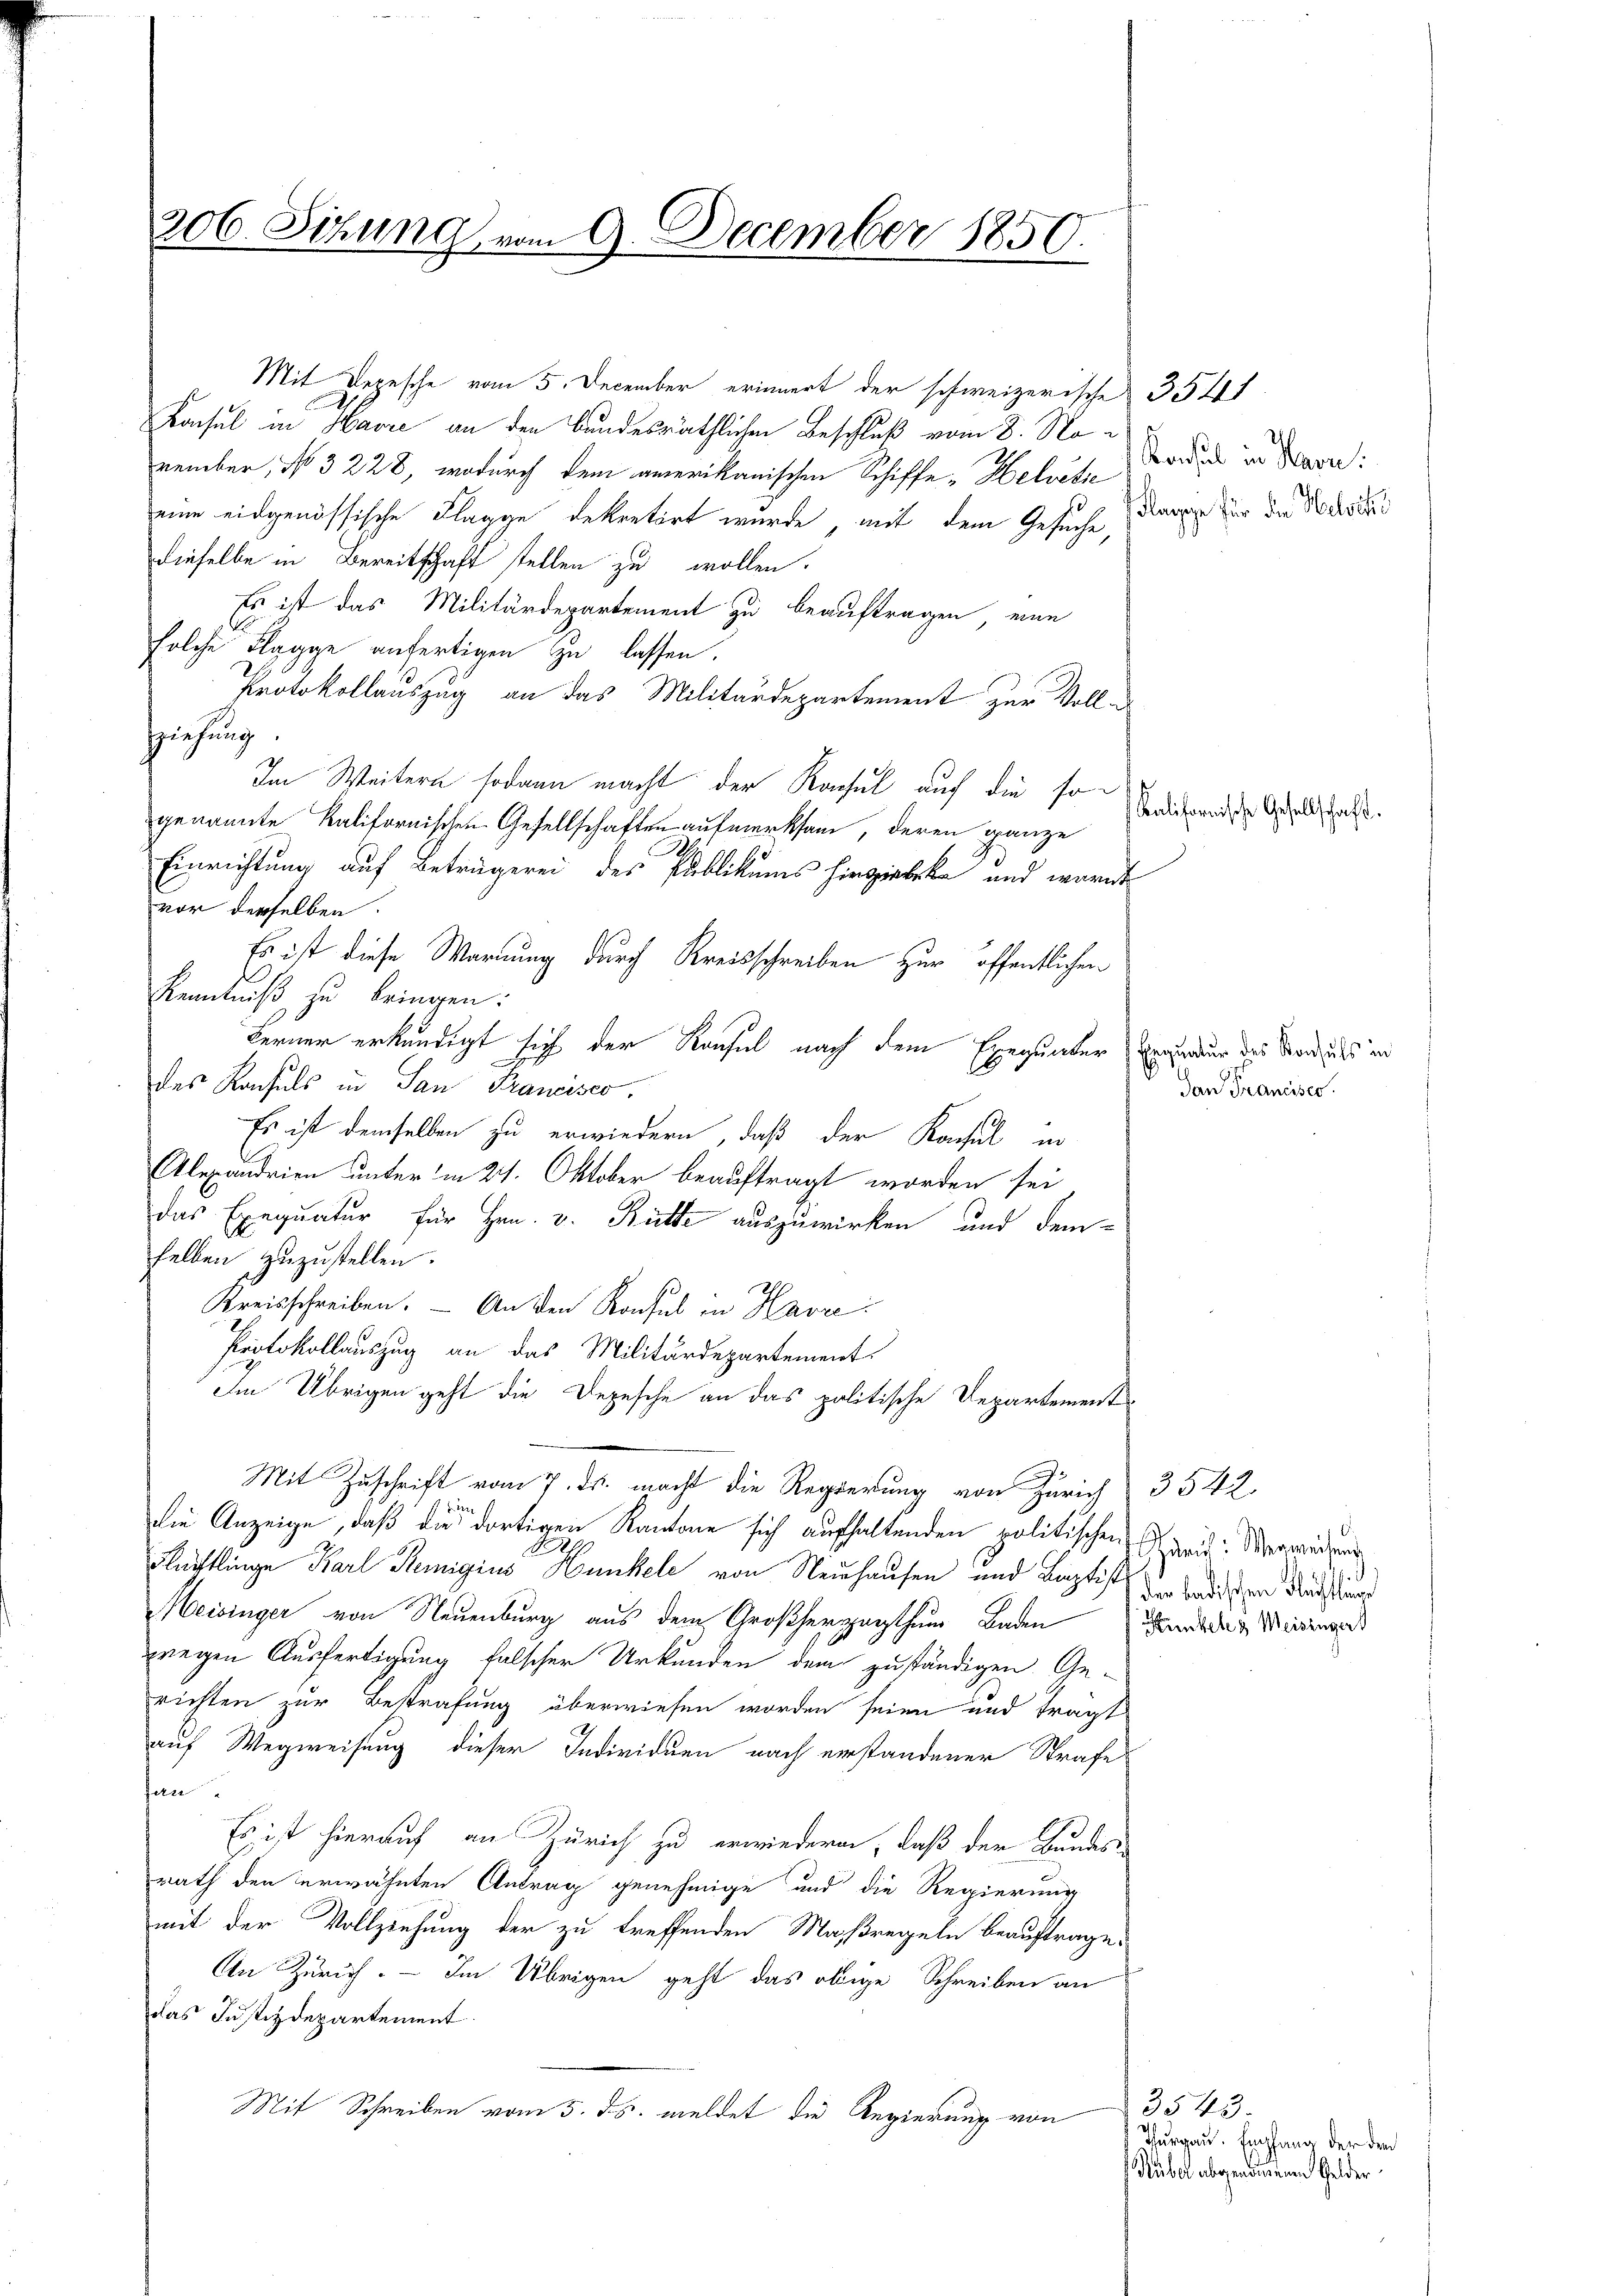
206. Sitzung vom 9. December 1850.

Mit Depesche vom 5. December erinnert der schweizerische 3541
Konsul in Havre an den bundesräthlichen Beschluß vom 8. November, No 3228, wodurch dem amerikanischen Schiffe Helvete Fordes in Bern
eine eidgenössische Flagge dekretirt wurde, mit dem Gesuche,
dieselbe in Bereitschaft stellen zu wollen.
Es ist das Militärdepartement zu beauftragen, ein
solche Flagge anfertigen zu lassen.
Protokollauszug an das Militärdepartement zur Vollzziehung.
Im Weitern sodann macht der Rachel auf die sogenannte Kalifornischen Gesellschaften aufmerksam, deren ganze
Einrichtung auf Beträgerei des Publikums hingiebte und warnt
vor derselben.
Es ist diese Warnung durch Kreisschreiben zur öffentlichen
Kenntniß zu bringen:
Ferner erkundigt sich der Ransel nach dem Exequnter Einzug des Venuss in
des Konsuls in San Francisco.
Es ist demselben zu erwiedern, daß der Konsul in
Alexandrien unter in 21. Oktober beauftragt worden sei
das Exequatur für Hrn. v. Hütte auszuwirken und dem-
selben zuzustellen.
Kreisschreiben. — An den Konsul in Havre
Protokollauszug an das Militärdepartement
Im Übrigen geht die Depesche an das politische Departement
Mit Zuschrift vom 7. ds. macht die Regierung von Zürich 3542
d
die Anzeige, daß die dortigen Kantone sich aufhaltenden politischen Seit: Verwendung
8
Flüchtlinge Karl Remigius Hunkele von Neuhausen und Baptist dem Badischen dass war
Meisinger von Neuenburg aus dem Großherzogthum Baden
zwegen Ausfertigung falscher Urkunden dem zuständigen Ge-
richten zur Bestrafung überwiesen worden seien und tragt
auf Wegweisung dieser Individuen nach erstandener Strafe
fan
Es ist hierauf an Zürich zu erwiedern, daß der Bundes-
rath den erwähnten Antrag genehmige und die Regierung
mit der Vollziehung der zu treffenden Maßregeln beauftrage.
An Zürich. — Im Übrigen geht das obige Schreiben an
das Justizdepartement
Mit Schreiben vom 5. ds. meldet die Regierung von

Flagge für die Helvetis

Kalifornische Gesellschaft.

dan Francises.

.
Kunkele Meisinger

3543.
Thurgau. Empfang der den
Hüber abgenommenen Gelder¬